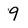
Character: 9